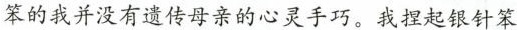
笨的我并没有遗传母亲的心灵手巧。我捏起银针笨